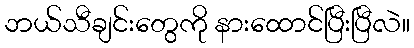
ဘယ်သီချင်းတွေကို နားထောင်ပြီးပြီလဲ။